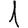
Digit: 1